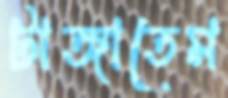
টাঙ্গাতেম